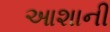
આશાની